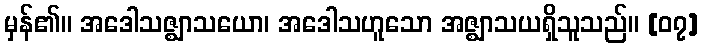
မှန်၏။ အဒေါသဇ္ဈာသယော၊ အဒေါသဟူသော အဇ္ဈာသယရှိသူသည်။ [၀၇]